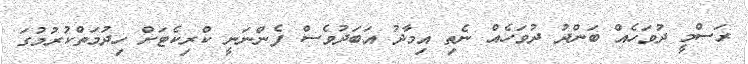
ރަސްމީ ދުވަހެއް ބަންދު ދުވަހެއް ނެތި އިމާދު އަބަދުވެސް ފެންނަނީ ކްރިކެޓަށް ހިދުމަތްކުރުމުގަ